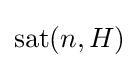
\operatorname {sat} (n,H)